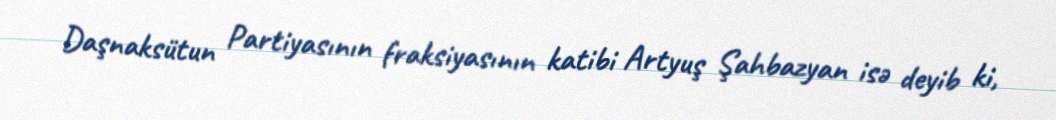
Daşnaksütun Partiyasının fraksiyasının katibi Artyuş Şahbazyan isə deyib ki,